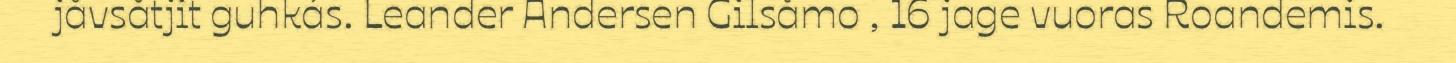
jåvsåtjit guhkás. Leander Andersen Gilsåmo , 16 jage vuoras Roandemis.